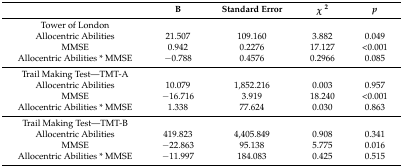
<table><thead><tr><td></td><td><b>B</b></td><td><b>Standard Error</b></td><td><b><i>χ</i><sup>2</sup></b></td><td><b><i>p</i></b></td></tr></thead><tbody><tr><td>Tower of London</td><td></td><td></td><td></td><td></td></tr><tr><td>Allocentric Abilities</td><td>21.507</td><td>109.160</td><td>3.882</td><td>0.049</td></tr><tr><td>MMSE</td><td>0.942</td><td>0.2276</td><td>17.127</td><td>&lt;0.001</td></tr><tr><td>Allocentric Abilities * MMSE</td><td>−0.788</td><td>0.4576</td><td>0.2966</td><td>0.085</td></tr><tr><td>Trail Making Test—TMT-A</td><td></td><td></td><td></td><td></td></tr><tr><td>Allocentric Abilities</td><td>10.079</td><td>1,852.216</td><td>0.003</td><td>0.957</td></tr><tr><td>MMSE</td><td>−16.716</td><td>3.919</td><td>18.240</td><td>&lt;0.001</td></tr><tr><td>Allocentric Abilities * MMSE</td><td>1.338</td><td>77.624</td><td>0.030</td><td>0.863</td></tr><tr><td>Trail Making Test—TMT-B</td><td></td><td></td><td></td><td></td></tr><tr><td>Allocentric Abilities</td><td>419.823</td><td>4,405.849</td><td>0.908</td><td>0.341</td></tr><tr><td>MMSE</td><td>−22.863</td><td>95.138</td><td>5.775</td><td>0.016</td></tr><tr><td>Allocentric Abilities * MMSE</td><td>−11.997</td><td>184.083</td><td>0.425</td><td>0.515</td></tr></tbody></table>